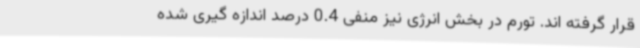
قرار گرفته اند. تورم در بخش انرژی نیز منفی 0.4 درصد اندازه گیری شده